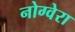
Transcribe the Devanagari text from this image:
नोग्वेरा